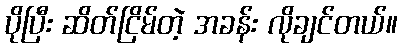
ပိုပြီး ဆိတ်ငြိမ်တဲ့ အခန်း လိုချင်တယ်။